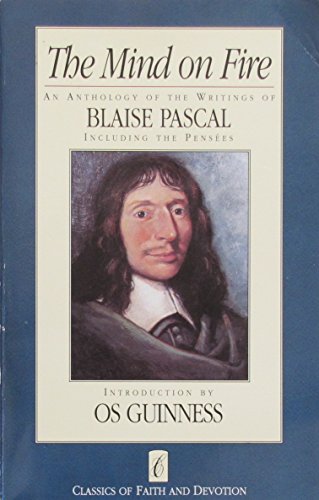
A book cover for The Mind on Fire: An Anthology of the Writings of Blaise Pascal (Classics of Faith and Devotion); Blaise Pascal; Christian Books & Bibles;